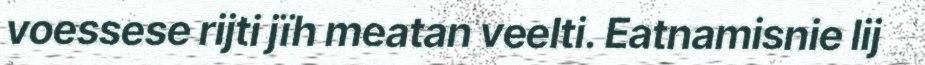
voessese rijti jïh meatan veelti. Eatnamisnie lij